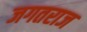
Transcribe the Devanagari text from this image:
जगतराज